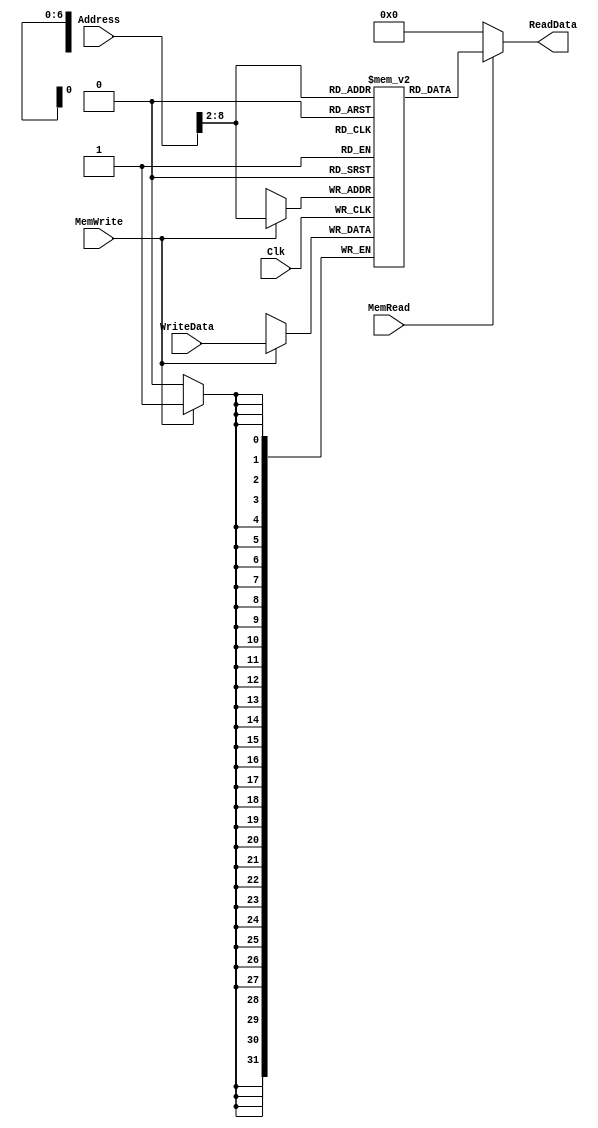
`timescale 1ns / 1ps

////////////////////////////////////////////////////////////////////////////////
// Last Edits: Nirmal Kumbhare, Ali Akoglu
// 
// Module - data_memory.v
// Description - 32-Bit wide data memory.
//
// INPUTS:-
// Address: 32-Bit address input port.
// WriteData: 32-Bit input port.
// Clk: 1-Bit Input clock signal.
// MemWrite: 1-Bit control signal for memory write.
// MemRead: 1-Bit control signal for memory read.
//
// OUTPUTS:-
// ReadData: 32-Bit registered output port.
//
// FUNCTIONALITY:-
// Design the above memory similar to the 'RegisterFile' model in the previous 
// assignment.  Create a 1K (x32) memory, for which we need 10 bits for the address.  
// In order to implement byte addressing, we will use bits Address[11:2] to index the 
// memory location. 
// The 'WriteData' value is written into the location whose address 
// corresponds to Address[11:2] in the positive clock edge if 'MemWrite' 
// signal is 1. 
// 'ReadData' is the value of memory location Address[11:2] if 
// 'MemRead' is 1, otherwise, it is 0x00000000. The reading of memory is NOT clocked.
//
// you need to declare a 2d array. in this case we need 
// an array of 1024 (1K) 32-bit elements (1024 elements where each element is 32-bit wide).  
// for example, to declare an array of 256 32-bit elements, declaration is: reg[31:0] memory[0:255]
////////////////////////////////////////////////////////////////////////////////

module DataMemory(Address, WriteData, Clk, MemWrite, MemRead, ReadData); 

    input [31:0] Address; 	// Input Address 
    input [31:0] WriteData; // Data that needs to be written into the address 
    input Clk;
    input MemWrite; 		// Control signal for memory write 
    input MemRead; 			// Control signal for memory read 

    output reg[31:0] ReadData; // Contents of memory location at Address

    reg [31:0] memory [0:65];
    
    initial begin
        /*memory[0] = 32'h30e;
        memory[1] = 32'h50;
        memory[2] = 32'h369;
        memory[3] = 32'h23e;
        memory[4] = 32'h1eb;
        memory[5] = 32'h84;
        memory[6] = 32'h31f;
        memory[7] = 32'h13e;
        memory[8] = 32'h31b;
        memory[9] = 32'h34d;
        memory[10] = 32'h61;
        memory[11] = 32'h3e3;
        memory[12] = 32'hbc;
        memory[13] = 32'h108;
        memory[14] = 32'h23b;
        memory[15] = 32'h2be;
        memory[16] = 32'hfd;
        memory[17] = 32'h371;
        memory[18] = 32'h3da;
        memory[19] = 32'he2;
        memory[20] = 32'h277;
        memory[21] = 32'h4a;
        memory[22] = 32'h17;
        memory[23] = 32'hc8;
        memory[24] = 32'h3ca;
        memory[25] = 32'h1f4;
        memory[26] = 32'hba;
        memory[27] = 32'h2a3;
        memory[28] = 32'ha5;
        memory[29] = 32'h375;
        memory[30] = 32'h228;
        memory[31] = 32'h39c;
        memory[32] = 32'h1d2;
        memory[33] = 32'h2b8;
        memory[34] = 32'h2e9;
        memory[35] = 32'h81;
        memory[36] = 32'h28e;
        memory[37] = 32'h1d1;
        memory[38] = 32'h2ed;
        memory[39] = 32'hf3;
        memory[40] = 32'h6f;
        memory[41] = 32'h34b;
        memory[42] = 32'he7;
        memory[43] = 32'h31b;
        memory[44] = 32'h112;
        memory[45] = 32'h1f6;
        memory[46] = 32'h2a;
        memory[47] = 32'h305;
        memory[48] = 32'h1c6;
        memory[49] = 32'h6d;
        memory[50] = 32'h392;
        memory[51] = 32'h229;
        memory[52] = 32'hab;
        memory[53] = 32'he3;
        memory[54] = 32'h31c;
        memory[55] = 32'hcf;
        memory[56] = 32'h206;
        memory[57] = 32'h11a;
        memory[58] = 32'hf6;
        memory[59] = 32'h24f;
        memory[60] = 32'h35c;
        memory[61] = 32'h37d;
        memory[62] = 32'h3e3;
        memory[63] = 32'h24;
        memory[64] = 32'h40;*/ // end original task 3 memory
        memory[0] = 32'h30e;
        memory[1] = 32'h50;
        memory[2] = 32'h369;
        memory[3] = 32'h23e;
        memory[4] = 32'h1eb;
        memory[5] = 32'h84;
        memory[6] = 32'h31f;
        memory[7] = 32'h13e;
        memory[8] = 32'h31b;
        memory[9] = 32'h34d;
        memory[10] = 32'h61;
        memory[11] = 32'h3e3;
        memory[12] = 32'hbc;
        memory[13] = 32'h108;
        memory[14] = 32'h23b;
        memory[15] = 32'h2be;
        memory[16] = 32'hfd;
        memory[17] = 32'h371;
        memory[18] = 32'h3da;
        memory[19] = 32'he2;
        memory[20] = 32'h277;
        memory[21] = 32'h4a;
        memory[22] = 32'h17;
        memory[23] = 32'hc8;
        memory[24] = 32'h3ca;
        memory[25] = 32'h1f4;
        memory[26] = 32'hba;
        memory[27] = 32'h2a3;
        memory[28] = 32'ha5;
        memory[29] = 32'h375;
        memory[30] = 32'h228;
        memory[31] = 32'h39c;
        memory[32] = 32'h1d2;
        memory[33] = 32'h2b8;
        memory[34] = 32'h2e9;
        memory[35] = 32'h81;
        memory[36] = 32'h28e;
        memory[37] = 32'h1d1;
        memory[38] = 32'h2ed;
        memory[39] = 32'hf3;
        memory[40] = 32'h6f;
        memory[41] = 32'h34b;
        memory[42] = 32'he7;
        memory[43] = 32'h31b;
        memory[44] = 32'h112;
        memory[45] = 32'h1f6;
        memory[46] = 32'h2a;
        memory[47] = 32'h305;
        memory[48] = 32'h1c6;
        memory[49] = 32'h6d;
        memory[50] = 32'h392;
        memory[51] = 32'h229;
        memory[52] = 32'hab;
        memory[53] = 32'he3;
        memory[54] = 32'h31c;
        memory[55] = 32'hcf;
        memory[56] = 32'h206;
        memory[57] = 32'h11a;
        memory[58] = 32'hf6;
        memory[59] = 32'h24f;
        memory[60] = 32'h35c;
        memory[61] = 32'h37d;
        memory[62] = 32'h3e3;
        memory[63] = 32'h24;
        memory[64] = 32'h40;
        memory[65] = 32'h9C4;
    end
    
	always @(posedge Clk) begin
        if (MemWrite == 1'b1) begin
            memory[Address[11:2]] <= WriteData;
        end
    end    
    
    always @(*) begin
        if (MemRead == 1'b1) begin
                ReadData <= memory[Address[11:2]];
        end
        else begin
                ReadData <= 32'h0;
        end    
    end    
endmodule